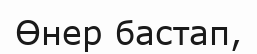
Өнер бастап,